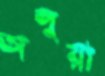
অলুয়া